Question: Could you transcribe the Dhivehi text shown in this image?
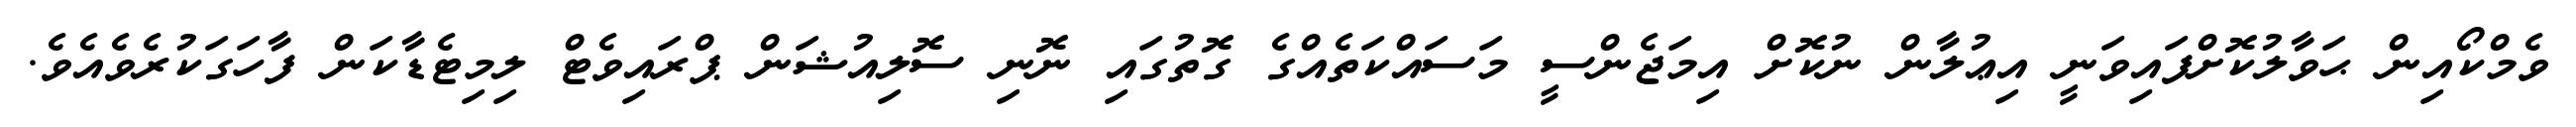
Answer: ވެމްކޯއިން ޙަވާލުކޮށްފައިވަނީ އިޢުލާން ނުކޮށް އިމަޖެންސީ މަސައްކަތެއްގެ ގޮތުގައި ނޮނި ސޮލިއުޝަން ޕްރައިވެޓް ލިމިޓެޑާކަން ފާހަގަކުރެވެއެވެ.